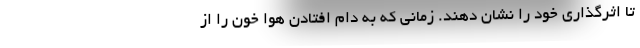
تا اثرگذاری خود را نشان دهند. زمانی که به دام افتادن هوا خون را از